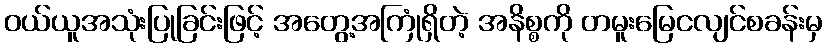
ဝယ်ယူအသုံးပြုခြင်းဖြင့် အတွေ့အကြုံရှိတဲ့ အနိစ္စကို တမူးမြေငလျင်စခန်းမှ